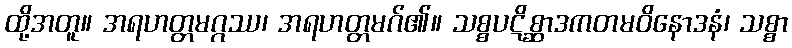
ထို့အတူ။ အရဟတ္တမဂ္ဂဿ၊ အရဟတ္တမဂ်၏။ သစ္စပဋိစ္ဆာဒကတမဝိနောဒနံ၊ သစ္စာ